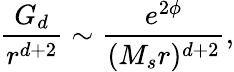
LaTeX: {\frac{G_{d}}{r^{d+2}}}\sim{\frac{e^{2\phi}}{(M_{s}r)^{d+2}}},